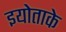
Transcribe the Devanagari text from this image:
इयोताके